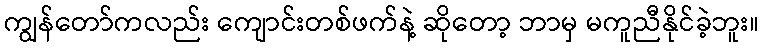
ကျွန်တော်ကလည်း ကျောင်းတစ်ဖက်နဲ့ ဆိုတော့ ဘာမှ မကူညီနိုင်ခဲ့ဘူး။